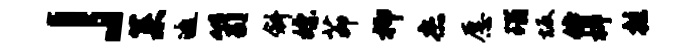
」菜邀笥斜嫖茆抑杰愿瑙坂侍柳拄